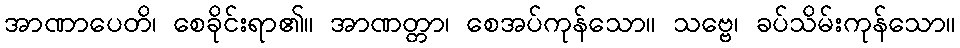
အာဏာပေတိ၊ စေခိုင်းရာ၏။ အာဏတ္တာ၊ စေအပ်ကုန်သော။ သဗ္ဗေ၊ ခပ်သိမ်းကုန်သော။